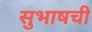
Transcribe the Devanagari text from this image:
सुभाषची